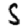
Digit: 5